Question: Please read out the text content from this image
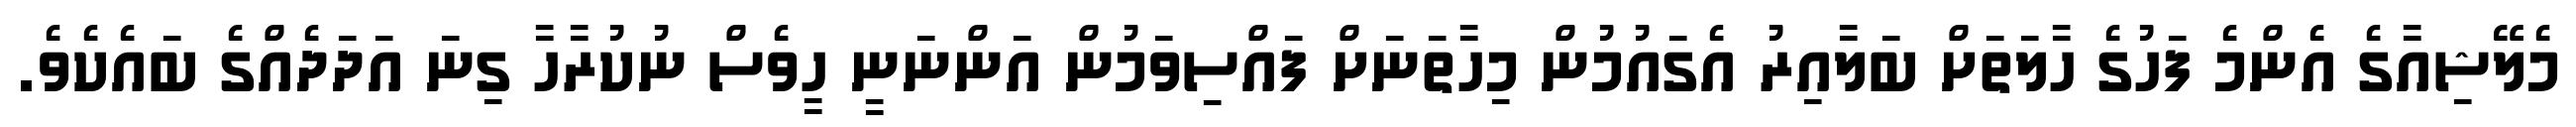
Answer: މެލޭޝިއާގެ އެންމެ ފަހުގެ ހާލަތަށް ބަލާއިރު އެގައުމުން މިހާތަނަށް ފައްސިވަމުން އަންނަނީ ހީވެސް ނުކުރާހާ ގިނަ އަދަދެއްގެ ބައެކެވެ.